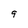
Character: 9